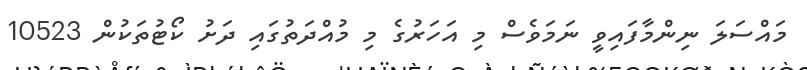
މައްސަލަ ނިންމާފައިވީ ނަމަވެސް މި އަހަރުގެ މި މުއްދަތުގައި ދަށު ކޯޓުތަކުން 10523